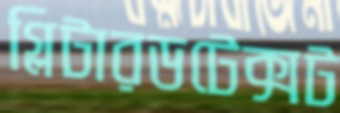
গ্লিটারডটেক্সট